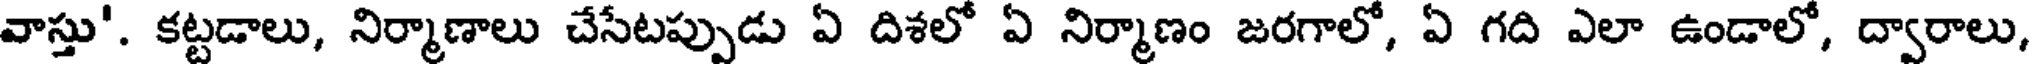
వాస్తు'. కట్టడాలు, నిర్మాణాలు చేసేటప్పుడు ఏ దిశలో ఏ నిర్మాణం జరగాలో, ఏ గది ఎలా ఉండాలో, ద్వారాలు,